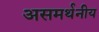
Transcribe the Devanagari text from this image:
असमर्थनीय